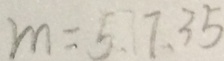
m = 5 , 7 , 3 5